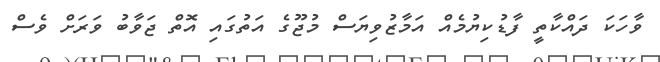
ވާހަކަ ދައްކާތީ ފާޑުކިޔުމެއް އަމާޒުވިޔަސް މުޖޫގެ އަތުގައި އޮތް ޖަވާބު ވަރަށް ވެސް